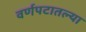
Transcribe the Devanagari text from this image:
वर्णपटातल्या